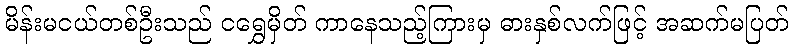
မိန်းမငယ်တစ်ဦးသည် ငရွှေမှိတ် ကာနေသည့်ကြားမှ ဓားနှစ်လက်ဖြင့် အဆက်မပြတ်